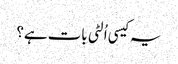
یہ کیسی اُلٹی بات ہے؟